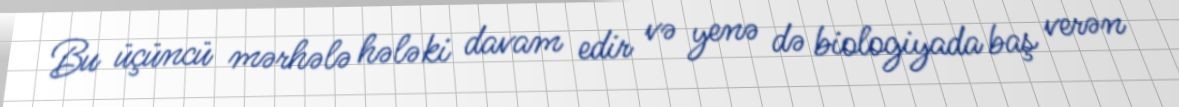
Bu üçüncü mərhələ hələki davam edir və yenə də biologiyada baş verən